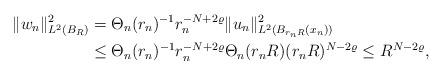
LaTeX: \begin{align*} \|w_n\|_{L^2(B_{R})}^2&= \Theta_n(r_n)^{-1} r_n^{-N+2\varrho} \|u_n\|_{L^2(B_{r_nR}(x_n) )}^2\\&\leq \Theta_n(r_n)^{-1} r_n^{-N+2\varrho} \Theta_n(r_nR) (r_nR)^{N-2\varrho} \leq R^{N-2\varrho},\end{align*}